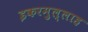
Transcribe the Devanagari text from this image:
इकरमुल्लाह